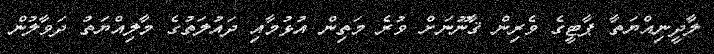
ލާދީނިއްޔަތާ ޕާޓީގެ ވެރިން ޤާނޫނަށް ވުރެ މަތިން އުޅުމާއި ދައުލަތުގެ މާލިއްޔަތު ދަވާލުން